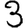
Digit: 3